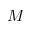
M